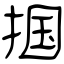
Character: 掴